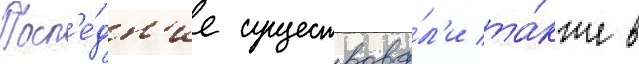
Посл'е́дн'ие существова́л'и та́кже в